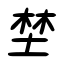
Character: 埜